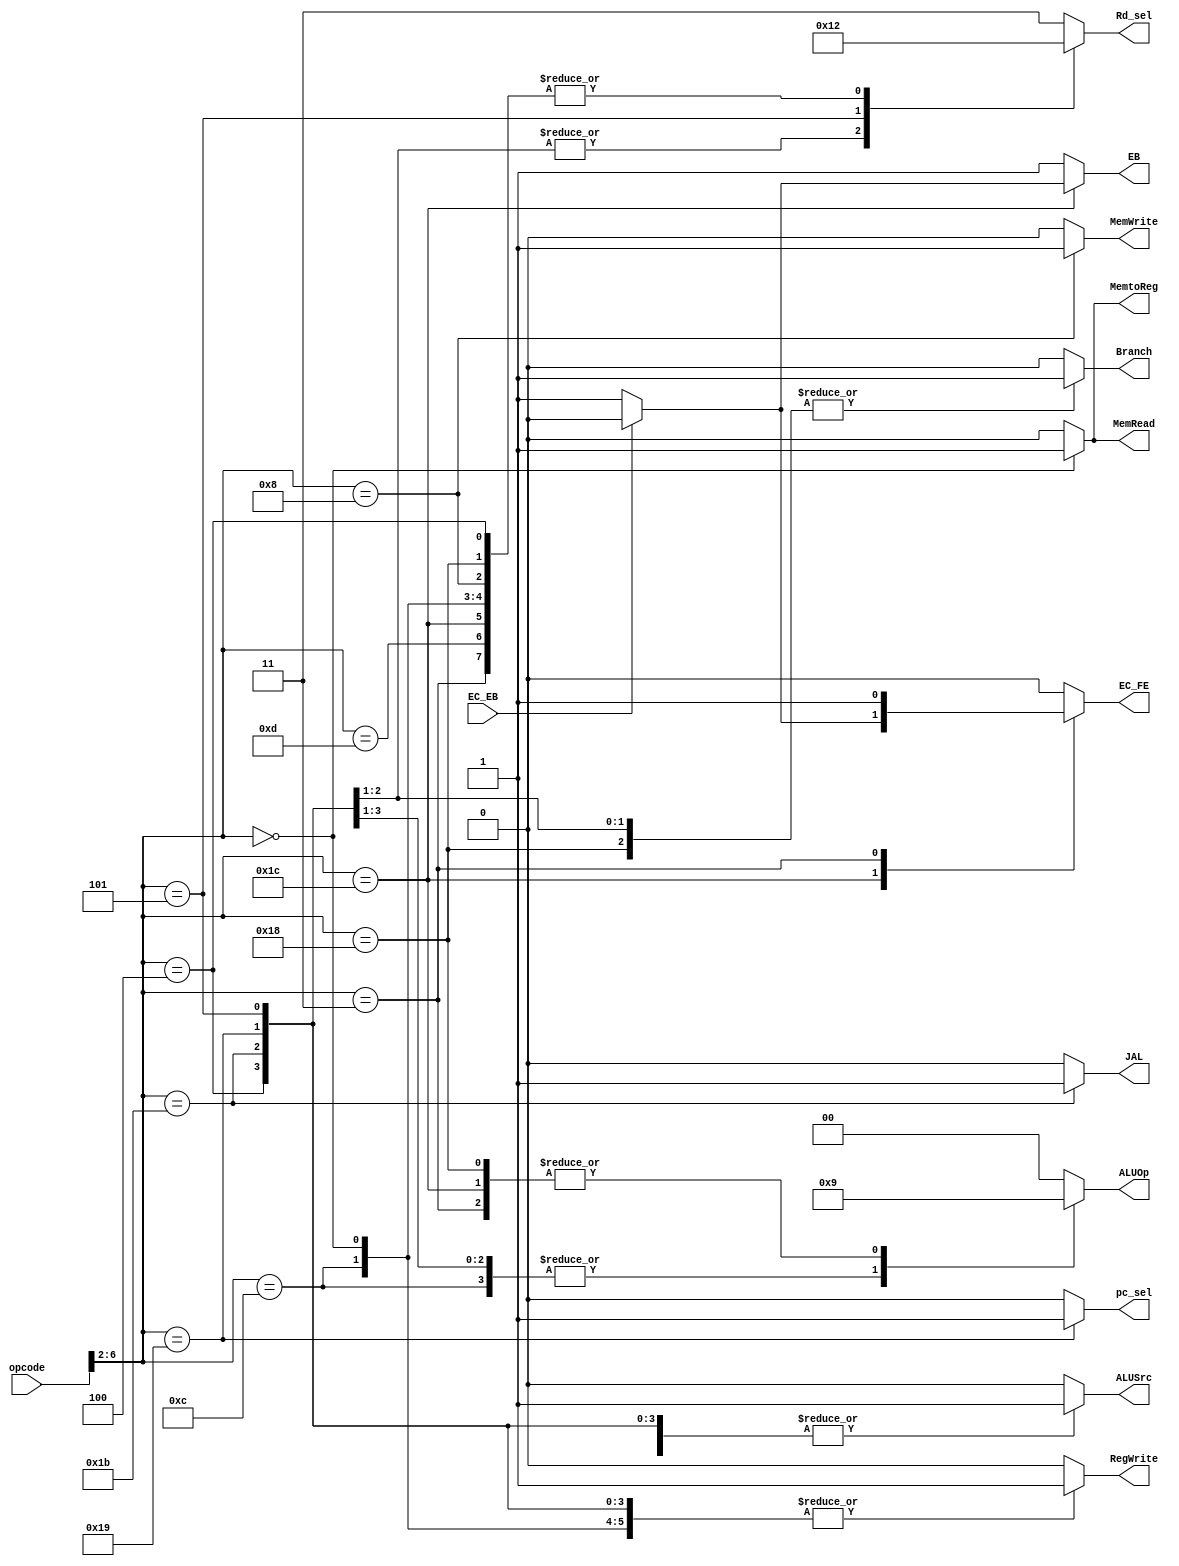
module Control_unit(
    input [6:0]opcode,
    input EC_EB, 
    output reg Branch, 
    output reg MemRead,
    output reg MemtoReg, 
    output reg [1:0] ALUOp, 
    output reg [1:0] Rd_sel, 
    output reg MemWrite, 
    output reg ALUSrc, 
    output reg RegWrite, 
    output reg pc_sel,
    output reg JAL,
    output reg EC_FE,
    output reg EB
    );
always @(*) begin
case(opcode[6:2]) 
5'b01100: begin Branch = 0; 
            MemRead = 0; 
            MemtoReg = 0;
            ALUOp = 2'b10;
            MemWrite = 0; 
            ALUSrc = 0;
            RegWrite = 1;
            Rd_sel=2'b10;
            pc_sel = 1'b0;
            JAL=1'b0;
            EC_FE=1'b0;
            EB=1'b1;
            end
5'b00000: begin Branch = 0; 
            MemRead = 1; 
            MemtoReg = 1;
            ALUOp = 2'b00;
            MemWrite = 0; 
            ALUSrc = 1;
            RegWrite = 1;
            Rd_sel=2'b10;
            pc_sel = 1'b0;
            JAL=1'b0;
            EC_FE=1'b0;
            EB=1'b1;
            end
5'b01000: begin Branch = 0; 
            MemRead = 0; 
            MemtoReg = 1'b0 ;
            ALUOp = 2'b00;
            MemWrite = 1; 
            ALUSrc = 1;
            RegWrite = 0;
            Rd_sel=2'b10;
            pc_sel = 1'b0;
            JAL=1'b0;
            EC_FE=1'b0;
            EB=1'b1;
            end
5'b11000: begin Branch = 1; //branch
            MemRead = 0; 
            MemtoReg = 1'b0;
            ALUOp = 2'b01;
            MemWrite = 0; 
            ALUSrc = 0;
            RegWrite = 0;
            Rd_sel=2'b10;
            pc_sel = 1'b0;
            JAL=1'b0;
            EC_FE=1'b0;
            EB=1'b1;
            end
5'b00100: begin Branch = 0; 
            MemRead = 0; 
            MemtoReg = 0;
            ALUOp = 2'b10;
            MemWrite = 0; 
            ALUSrc = 1;
            RegWrite = 1;
            Rd_sel=2'b10;
            pc_sel = 1'b0;
            JAL=1'b0;
            EC_FE=1'b0;
            EB=1'b1;
            end
5'b11011: begin Branch = 1; //JAL
            MemRead = 0; 
            MemtoReg = 0;
            ALUOp = 2'b10;
            MemWrite = 0; 
            ALUSrc = 1;
            RegWrite = 1;
            Rd_sel=2'b01;
            pc_sel = 1'b0;
            JAL=1'b1;
            EC_FE=1'b0;
            EB=1'b1;
            end
5'b11001: begin Branch = 1; //JALR
            MemRead = 0; 
            MemtoReg = 0;
            ALUOp = 2'b10;
            MemWrite = 0; 
            ALUSrc = 1;
            RegWrite = 1;
            Rd_sel=2'b01;
            pc_sel=1'b1;
            JAL=1'b0;
            EC_FE=1'b0;
            EB=1'b1;
            end
5'b00101: begin Branch = 0; //AUIPC
            MemRead = 0; 
            MemtoReg = 0;
            ALUOp = 2'b00;
            MemWrite = 0; 
            ALUSrc = 1;
            RegWrite = 1;
            Rd_sel=2'b00;
            pc_sel = 1'b0;
            JAL=1'b0;
            EC_FE=1'b0;
            EB=1'b1;
            end
5'b01101: begin Branch = 0; //LUI
            MemRead = 0; 
            MemtoReg = 0;
            ALUOp = 2'b00;
            MemWrite = 0; 
            ALUSrc = 1;
            RegWrite = 1;
            Rd_sel=2'b10;
            pc_sel = 1'b0;
            JAL=1'b0;
            EC_FE=1'b0;
            EB=1'b1;
            end
5'b11100: begin if (~EC_EB) begin
            Branch = 0; //ECALL
            MemRead = 0; 
            MemtoReg = 1'b0;
            ALUOp = 2'b01;
            MemWrite = 0; 
            ALUSrc = 0;
            RegWrite = 0;
            Rd_sel=2'b10;
            pc_sel = 1'b0;
            JAL=1'b0;
            EC_FE=1'b1;
            EB=1'b1;
            end
            else begin
            Branch = 0; //EBREAK
            MemRead = 0; 
            MemtoReg = 1'b0;
            ALUOp = 2'b01;
            MemWrite = 0; 
            ALUSrc = 0;
            RegWrite = 0;
            Rd_sel=2'b10;
            pc_sel = 1'b0;
            JAL=1'b0;
            EC_FE=1'b0;
            EB=1'b0;
            end
            end
5'b00011: begin Branch = 0; //FENCE
            MemRead = 0; 
            MemtoReg = 1'b0;
            ALUOp = 2'b01;
            MemWrite = 0; 
            ALUSrc = 0;
            RegWrite = 0;
            Rd_sel=2'b10;
            pc_sel = 1'b0;
            JAL=1'b0;
            EC_FE=1'b1;
            EB=1'b1;
            end
default:begin Branch = 0; 
            MemRead = 0; 
            MemtoReg = 0;
            ALUOp = 2'b00;
            MemWrite = 0; 
            ALUSrc = 0;
            RegWrite = 0;
            Rd_sel=2'b11;
            pc_sel=1'b0;
            JAL=1'b0;
            EC_FE=1'b0;
            EB=1'b1;
            end
endcase
end

endmodule